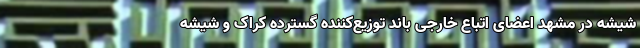
شیشه در مشهد اعضای اتباع خارجی باند توزیع‌کننده گسترده کراک و شیشه